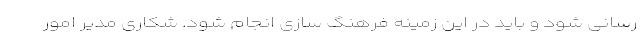
رسانی شود و باید در این زمینه فرهنگ سازی انجام شود. شکاری مدیر امور